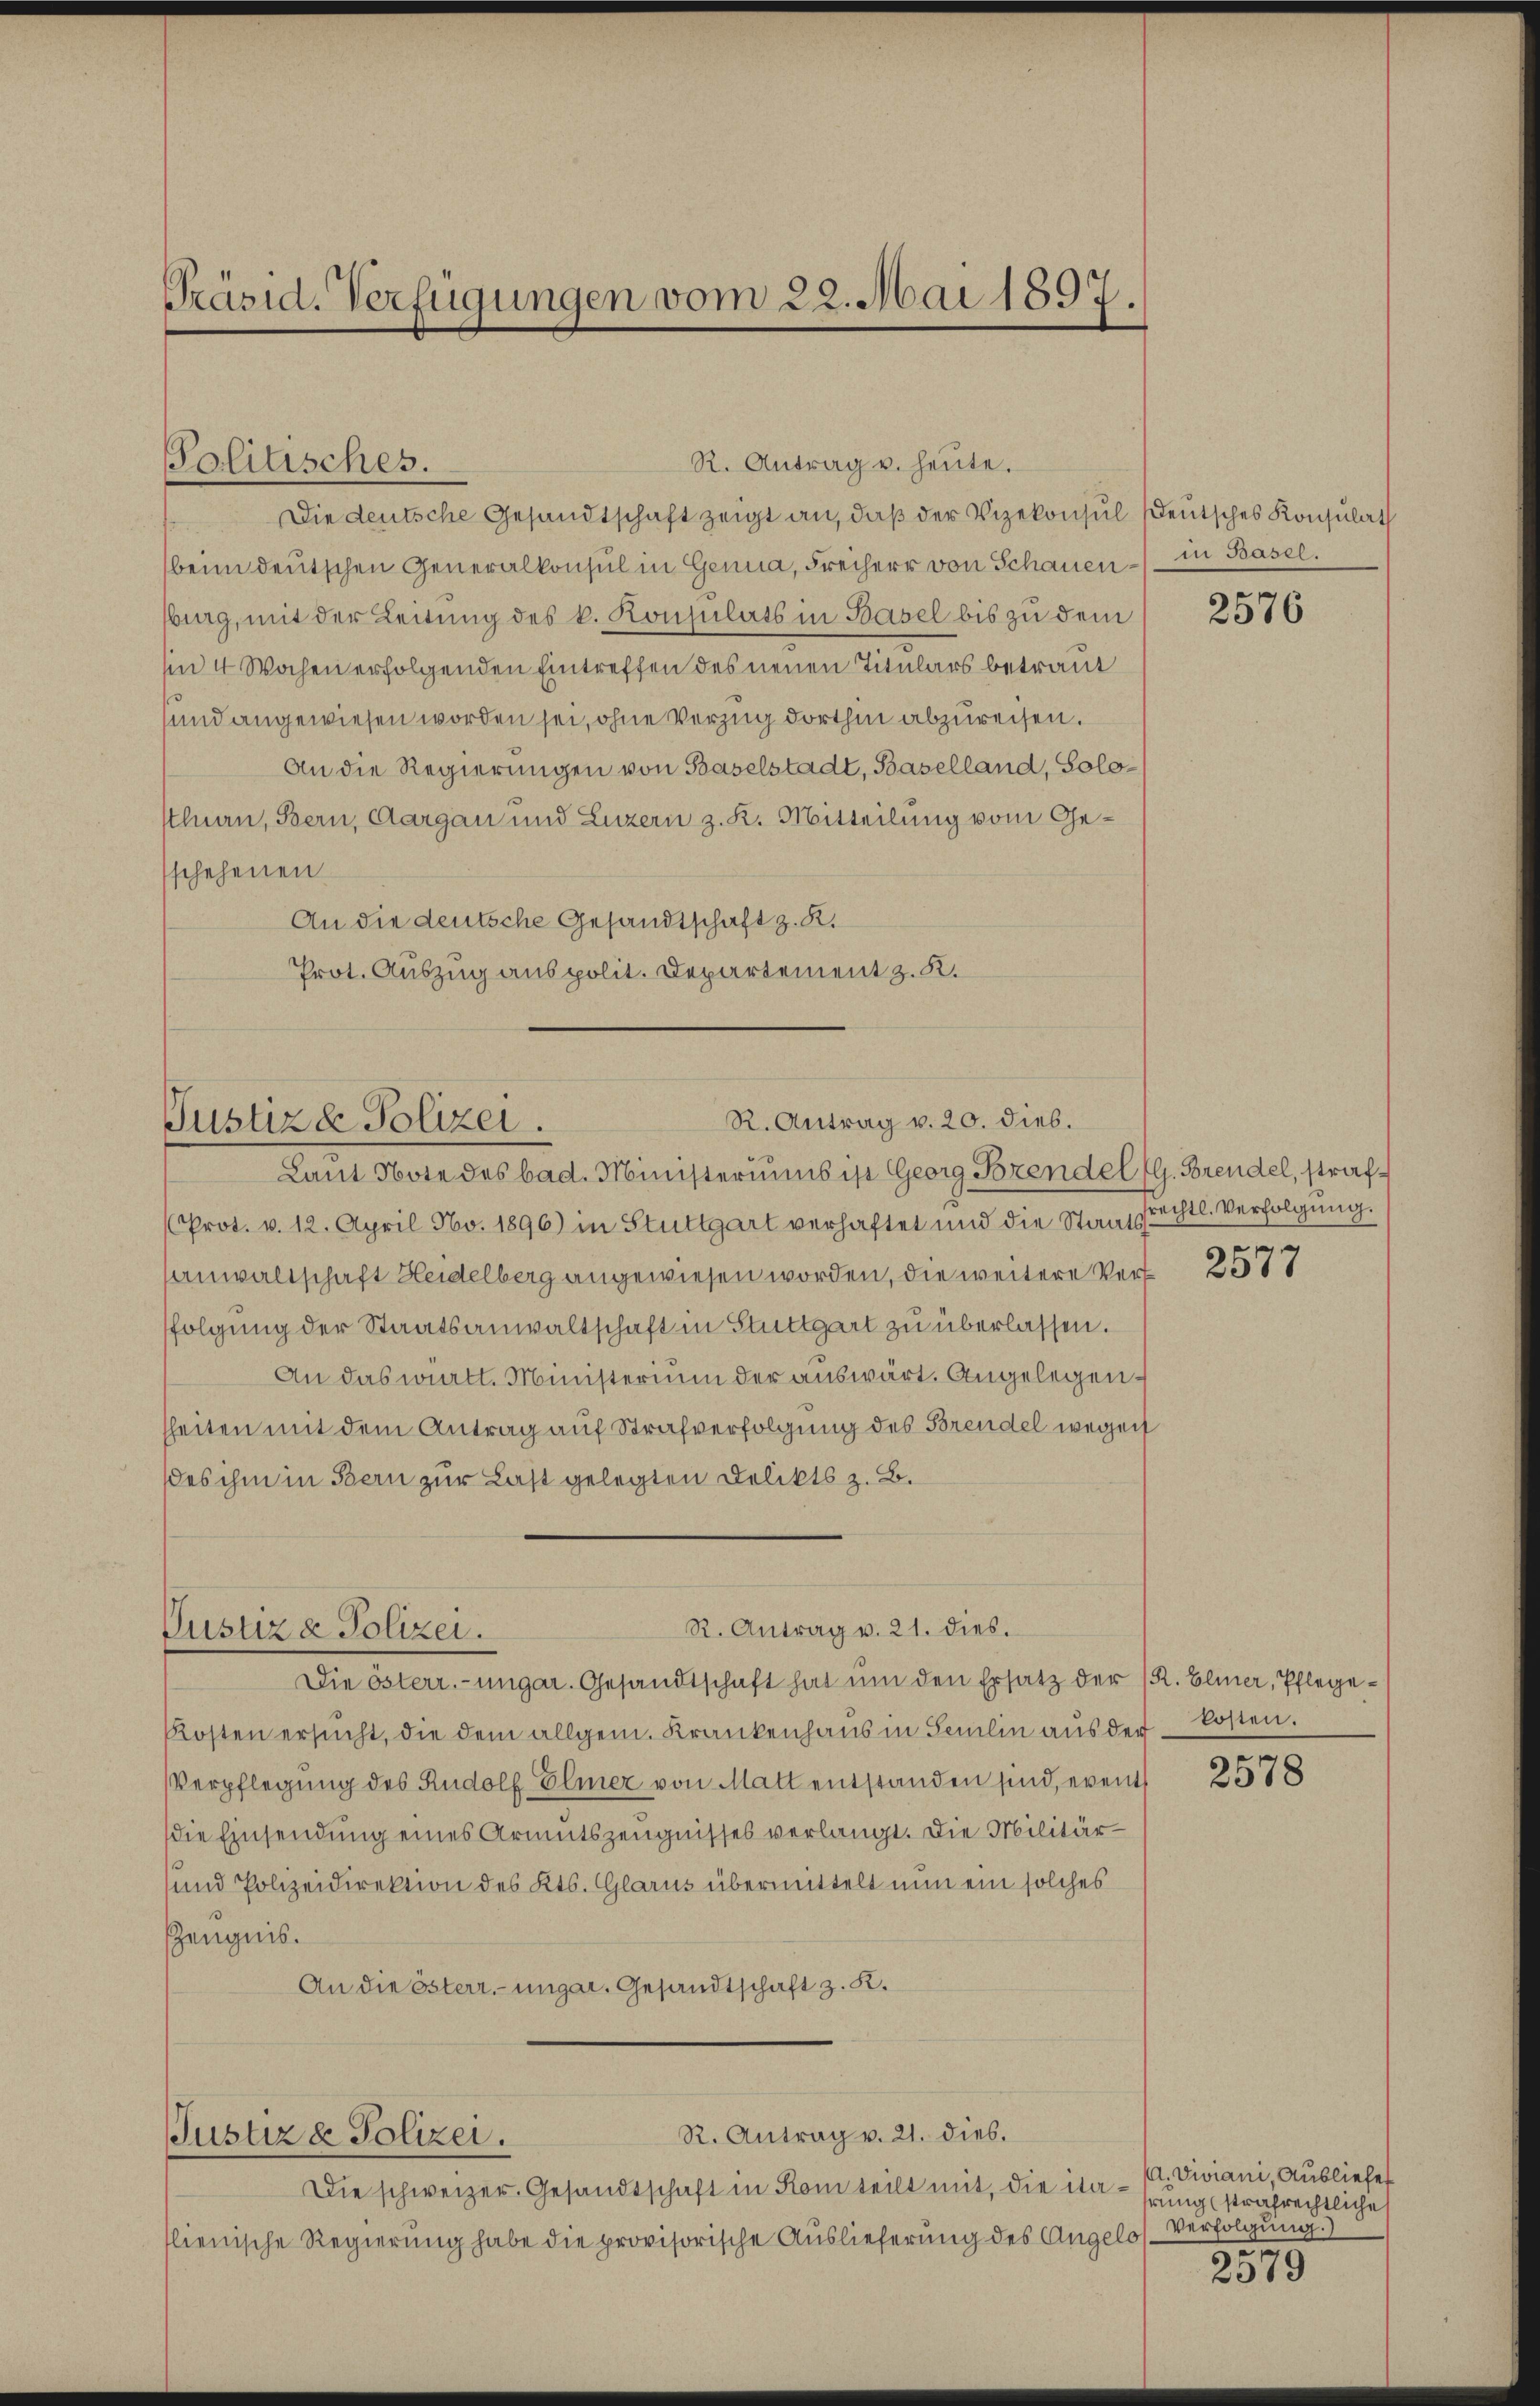
Präsid. Verfügungen vom 22. Mai 1897.

Politisches.

R. Antrag v. 20. dies.
Justiz & Polizei.

Die deutsche Gesandtschaft zeigt an, daß der Vizekonsul deutsches Konsulat
beim deutschen Generalkonsul in Genua, Freiherr von Schauenburg, mit der Leitung des k. Konsulats in Basel bis zu dem
in 4 Wochen erfolgenden Eintreffen des neuen Titulars betraut
und angewiesen worden sei, ohne Vorzug dorthin abzureisen.
An die Regierungen von Baselstadt, Baselland, Solo-
sthurn, Bern, Aargau und Luzern z. K. Mitteilung vom Geschehenen
An die deutsche Gesandtschaft z. R.
Prot. Auszug aus polit. Departement z. K.

R. Antrag v. 21. dies.
Justiza Polizei.

Justiz & Polizei.

R. Antrag u. heŭte.

R. Antrag v. 21. dies.

Laut Note des bad. Ministeriums ist Georg Bozendel (G. Brendel, straf¬
(Prot. v. 12. April No. 1896) in Stuttgart verhaftet und die Staatsrechtl. Verfolgung.
anwaltschaft Heidelberg angewiesen worden, die weitere Verf
folgung der Staatsanwaltschaft in Stuttgart zu überlassen.
An das württ. Ministerium der auswärt. Angelegenheiten mit dem Antrag auf Strafverfolgung des Brendel wegen
des ihm in Bern zur Last gelegten Delikts z. B.

Die schweizer. Gesandtschaft in Rom teilt mit, die ita-hrungsstrafrechtliche s
lienische Regierung habe die provisorische Auslieferung des Angelo

Die österr.-ungar. Gesandtschaft hat um den Ersatz der (R. Elmer, Pflege¬
Kosten ersŭcht, die dem allgem. Krankenhaus in Selin aŭs der kosten.
Verpflegung des Rudolf Elmer von Matt entstanden sind, event
die Einsendung eines Armutszeugnisses verlangt. Die Militär¬
und Polizeidirektion des Kts. Glarus übermittelt nun ein solches
Zeugnis.
An die österr.-ungar. Gesandtschaft z. K.

in Basel.

2576

f

2377

2578

A. Diviani, Ausliefer
Verfolgung.)
2

2919